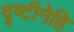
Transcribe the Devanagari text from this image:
दृष्टीनेहि